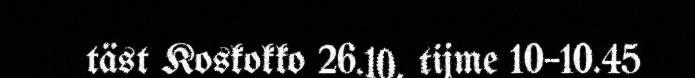
täst Koskokko 26.10. tijme 10–10.45